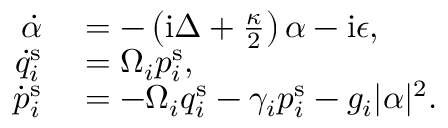
\begin{array} { r l } { \dot { \alpha } } & { { } = - \left( \mathrm { i } \Delta + \frac { \kappa } { 2 } \right) \alpha - \mathrm { i } \epsilon , } \\ { \dot { q } _ { i } ^ { \mathrm { s } } } & { { } = \Omega _ { i } p _ { i } ^ { \mathrm { s } } , } \\ { \dot { p } _ { i } ^ { \mathrm { s } } } & { { } = - \Omega _ { i } q _ { i } ^ { \mathrm { s } } - \gamma _ { i } p _ { i } ^ { \mathrm { s } } - g _ { i } | \alpha | ^ { 2 } . } \end{array}